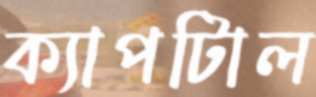
ক্যাপটািল